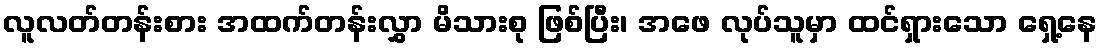
လူလတ်တန်းစား အထက်တန်းလွှာ မိသားစု ဖြစ်ပြီး၊ အဖေ လုပ်သူမှာ ထင်ရှားသော ရှေ့နေ